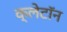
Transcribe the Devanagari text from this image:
क्लेटॉन